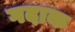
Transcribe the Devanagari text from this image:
गदाक